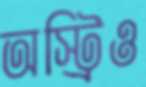
অস্ট্রিও